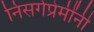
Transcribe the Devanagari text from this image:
निसर्गप्रेमींनी